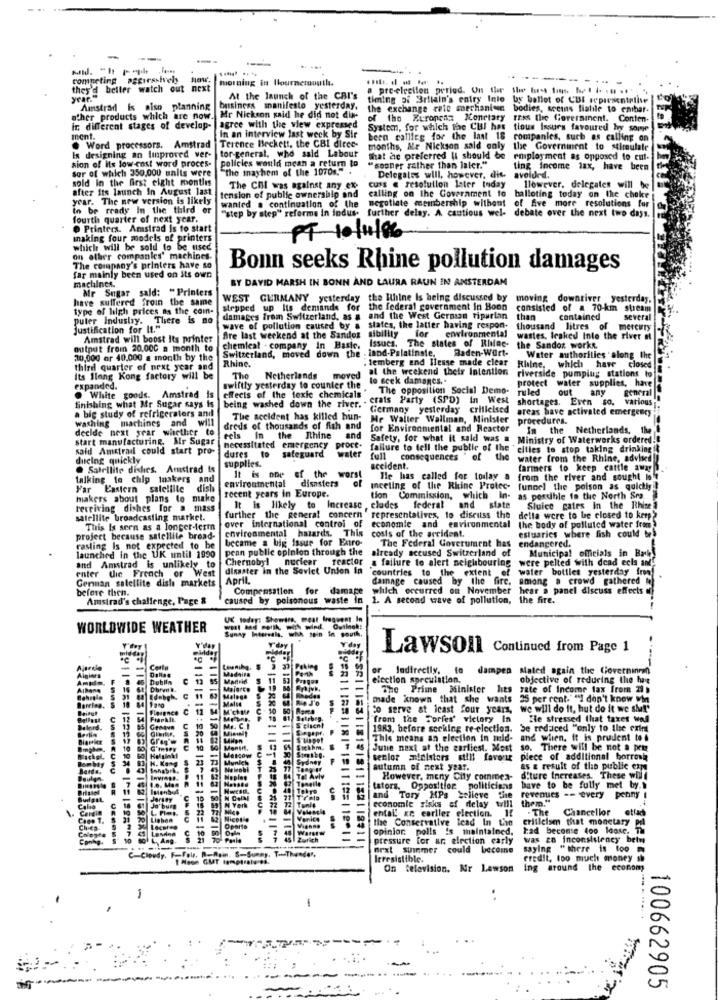
competing aggressively
morning in Ibournemouth.
- -
they'd beiler watch out next
a pre-election period. On the Slu buss ton, bupl /. ... "
year."
At the launch of the CRI's
timing of Britain's entry Inio
by ballot of CUI representative
Amstrad is aiso planning
business manifesto yesterday,
the exchange rate mnechanten
bodies, secins Hialile to enihar-
other products which are now.
Mr Nickson said he did not die-
of the Euronennt Monetary
Friss the fioversinent. Conten-
ir, different stages of develop-
agree with the view expressed
System, for which the CUI has
tious Issues favoured hy some
ment.
Terence Beckett, the CBI dirce-
In an interview last week by Sir
bern callleg for the last 18
companies, such as calling on
. Word processors. Amstrad
In designing an improved ver-
months, Me Nickson said only
the Government to stimulate
tor-general, who said Labour
policies would mean a return to
that he preferred li should be
employment as opposed to cut-
sor of which 350,000 units were
sion of its low cost word proces-
the mayhem of the 1070 .. " .
"sooner rather than later."
ting income tax, have been
sold In the first eight months
Delegales will, however, die.
avoided.
after its launch In August last
The COI was against any ex-
calling on the Government 10
cuss @ resolution later today
However, delegates will be
year. The new version Is likely
tension of public ownership and
balloting today on the choke
in be ready In the third er
wanted . continuation of the
"step by step" reforma in indus. further delay. A. cautious wel- debate over the next two days,
negotiate membership without of five more resolutions for
fourth quarter of next year.
Printers. Amstrad Is to start
making four models of printers
PT 10/11/96
which will be sold to be used
on other companies' machines.
The company's printers have so
Bonn seeks Rhine pollution damages
machines.
far mainly been used on its own
BY DAVID MARSH IN BONN AND LAURA RAUN IN AMSTERDAM
Mr Sugar sald: "Printers
have suffered froin the same
WEST GERMANY yesterday the Rhine Is being discussed by
moving downriver yesterday.
type of high prices as the coin-
stepped up Its demands for the federal government In Boon
consisted of a 70-km stream
puter industry. There is no
damages from Switzerland, as &
and the West German tipurlan
than
contained
several
Justification for It."
fre last weekend at the Sandoz sibility for environmental
wave of pollution caused by a states, the latter having respon-
thousand litres of mercury
Amstrad will boost Its printer
Issues. The states of Rhine-
wastes, lesked Into the river at
output from 20.000 a month to
chemical company in Basic.
Switzerland, moved down the . land-Palatinate, Baden-Wart-
the Sandoz works.
20,000 or 40,000 a month by the
Rhine.
lemberg and Ilesse made clear
Water authorities along the
third quarter of next year and
at the weekend their Intention
which have closed
Its Slang Kong factory will be
The
Netherlands
moved
lo seek damages ..
riverside pumping stations to
protect water supplies, have
expanded.
swiftly yesterday to counter the
The opposition Social Demo-
ruled
out
any
general
. White goods. Amstrad is
effects of the toxic chemicals"
being washed down the river. . crats Party (SPD) in West
shortages. Even so. various
finishing what Mr Sugar says is
a big study of refrigerators and
Germany yesterday crilleised
areas have activated emergency
washing machines and will
will
The accident has killed hun-
Me Waller Wallman, Minister
procedures.
decide next year whether to
dreds of thousands of fish and for Environmental and Reacter
In the
Netherlands, the
start manufacturing. Mr Sugar
eels In
e Rhine
and
Safety, for what it sald was a
Ministry of Waterworks ordered !!
said Amstrad could start pro-
necessitated emergency proce. failure to tell the public of the ' cities to stop taking drinking !!
proce-
ducing quickly
dures to
dures to safeguard
supplies.
water
full consequences " of the
water from the Rhine, advised
. Satellite dishes. Amstrad is
accident.
farmers to keep cattle away
talking to chip tnakers and
environmental
It is one
of the worst
disasters of
He has called for todlay a
from the river and sought lo't
Far Eastern satellite
dish
recent years in Europe.
Inceling of the Rhine Protec- funnel the poison as quickly!
makers about plans to make
tion Commission, which In-
as possible to the North Sea
receiving dishes for a mass
It is likely to Increase clades federal
and state
Sluice gates In the Rhine
satellite broadcasting market.
further the general concern representatives, to discuss the
over international control of
della were to be closed to keep?
the body of polluted water frem
This Is seen as a longer-term
environmental hazards. This
economic and environmental
costs of the accident.
estuaries where fish could bes
project because satellite broad-
became a big issue for Extro-
endangered.
rasling Is not expected to be
launched in the UK until 1990
pean public opinion through the
already accused Switzerland of
The Federal Government has
Municipal officials in Baby
Chernobyl
nuclear
reactor
a failure to alert neighbouring
were pelted with dead ecls and.
enter the French or West
and Amstrad is unlikely to
disaster in the Soviet Union in
countries to the extent of
water bottles yesterday from!
German satellite dish markets
April.
dainage caused by the fire.
among a crowd gathered
before then.
Compensation for damage which occurred on November
hear a panel discuss effects
Amstrad's challenge, Page &
caused by poisonous waste in 1. A second wave of pollution,
the fire.
WORLDWIDE WEATHER
Y'day
Lawsoll Continued from Page 1
Algint
Conla
Lownika.
Madeira
Peking
or Indirectly. to dampen Mated again the Coverninmn)
AMIdo.
Dublin
U
election spreulation.
objective of reduring the bee
DbrynB.
Majorce
Knedes
The Prime Minister hes
rate of Income tax Irom 299
10 8
Ednbgh. C
Malaga
Malse
He J'o
made known that she wants
25 per cent.""I don't know vin
2 11
M
Eo serve at least four years, we will do it, hut do it we she!"
Flapkit
1831
"from the Tories' victory In
Sie stressed that taxes wod
1983, before seeking re-election.
Se redaced "only to the erin
This means an election in mild-
and when. It is prudent to
A 10
UNEU
encow C
Siekhm.
1218
June naxt at the earliest. Most
There will be not a pet
21
1 4 Sydney
tenlor ministers still favor
piece of additional borrowa
autumn of next year.
as a result of the public exp
Tonelle
Tel Aviv
However, meny City commea-
d'ture thereases. These will
IMonbyl
Tokyo
tators. Opposition politicians
have to be fully met by."
Budget
economie risks of delay will them."
and Tory HPs #elleve
revenues -- every penny
Calio
Carin
Jo' burg
ental! ze earlier election.
. The
Chancellor
etfach
Como T.
Lighen
Nice !!
Venice
the Conservative lead In the
criticise that monetary prl
Col
Lesdina
opinion polls is maintained,
tad beconse 400 Idose. Th
Co
L, Ang-
Zurich
1821 19511
pressure for ar election carly
was zn inconsistency betm
next summer could become
saying "there is too
C-Cloudy. F-Fol.
R.Rein. S-Sunny. T-Thunder,
Irresistible.
credit, too much money sh
On television. Kr Lawson
ing around the economy
-
100662905